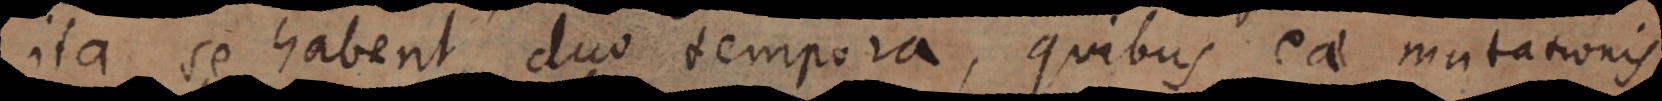
ita se habent duo tempora, quibus eae mutationis